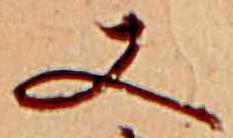
又